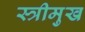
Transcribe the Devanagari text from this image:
स्त्रीमुख